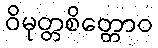
ဝိမုတ္တစိတ္တောဝ